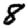
Digit: 8